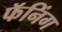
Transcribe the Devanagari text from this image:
फॅनिंग